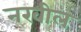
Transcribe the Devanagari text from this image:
नखील